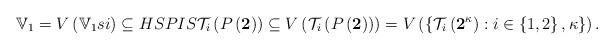
LaTeX: \begin{align*}\mathbb{V}_{1}=V\left( \mathbb{V}_{1}si\right) \subseteq HSPIS\mathcal{T}_{i}\left( P\left( {\mathbf{2}}\right) \right) \subseteq V\left(\mathcal{T}_{i}\left( P\left( {\mathbf{2}}\right) \right) \right)=V\left( \left\{ \mathcal{T}_{i}\left( \mathbf{2}^{\kappa}\right):i\in\left\{ 1,2\right\} ,\kappa\right\} \right) .\end{align*}